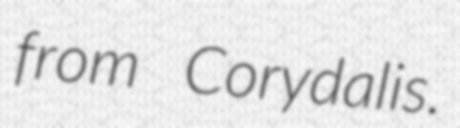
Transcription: from Corydalis.